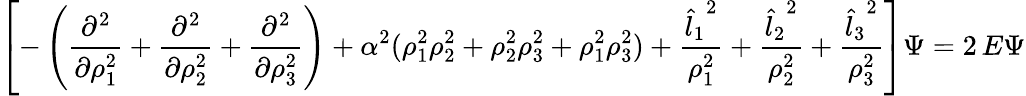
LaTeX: \left[-\left({\frac{\partial^{2}}{\partial\rho_{1}^{2}}}+{\frac{\partial^{2}}{\partial\rho_{2}^{2}}}+{\frac{\partial^{2}}{\partial\rho_{3}^{2}}}\right)+{\alpha^{2}}(\rho_{1}^{2}\rho_{2}^{2}+\rho_{2}^{2}\rho_{3}^{2}+\rho_{1}^{2}\rho_{3}^{2})+\frac{{\hat{l}_{1}}^{2}}{\rho_{1}^{2}}+\frac{{\hat{l}_{2}}^{2}}{\rho_{2}^{2}}+\frac{{\hat{l}_{3}}^{2}}{\rho_{3}^{2}}\right]\Psi=2\, E\Psi